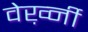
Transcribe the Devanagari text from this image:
वेर्ख़्नी